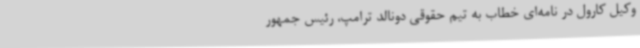
وکیل کارول در نامه‌ای خطاب به تیم حقوقی دونالد ترامپ، رئیس جمهور